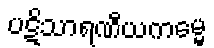
ပဋိသာရဏီယကမ္မေ